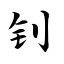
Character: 钊